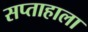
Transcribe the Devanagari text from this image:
सप्‍ताहाला